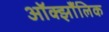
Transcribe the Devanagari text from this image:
ऑक्झाँलिक